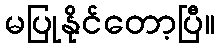
မပြုနိုင်တော့ပြီ။